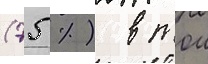
(75 %) в тои